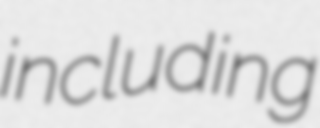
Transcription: including